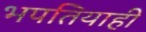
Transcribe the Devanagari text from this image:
भपतियाही